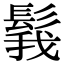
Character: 𩭝